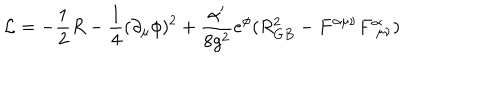
{ \cal L } = - \frac { 1 } { 2 } R - \frac { 1 } { 4 } ( \partial _ { \mu } \phi ) ^ { 2 } + \frac { \alpha ^ { \prime } } { 8 g ^ { 2 } } e ^ { \phi } ( R _ { G B } ^ { 2 } - F ^ { \alpha \mu \nu } F _ { \, \, \mu \nu } ^ { \alpha } )